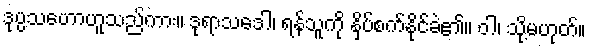
ဒုပ္ပသဟောဟူသည်ကား။ ဒုရာသဒေါ၊ ရန်သူကို နှိပ်စက်နိုင်ခဲ၏။ ဝါ၊ သို့မဟုတ်။